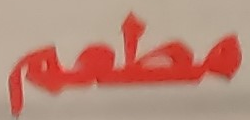
مطعم